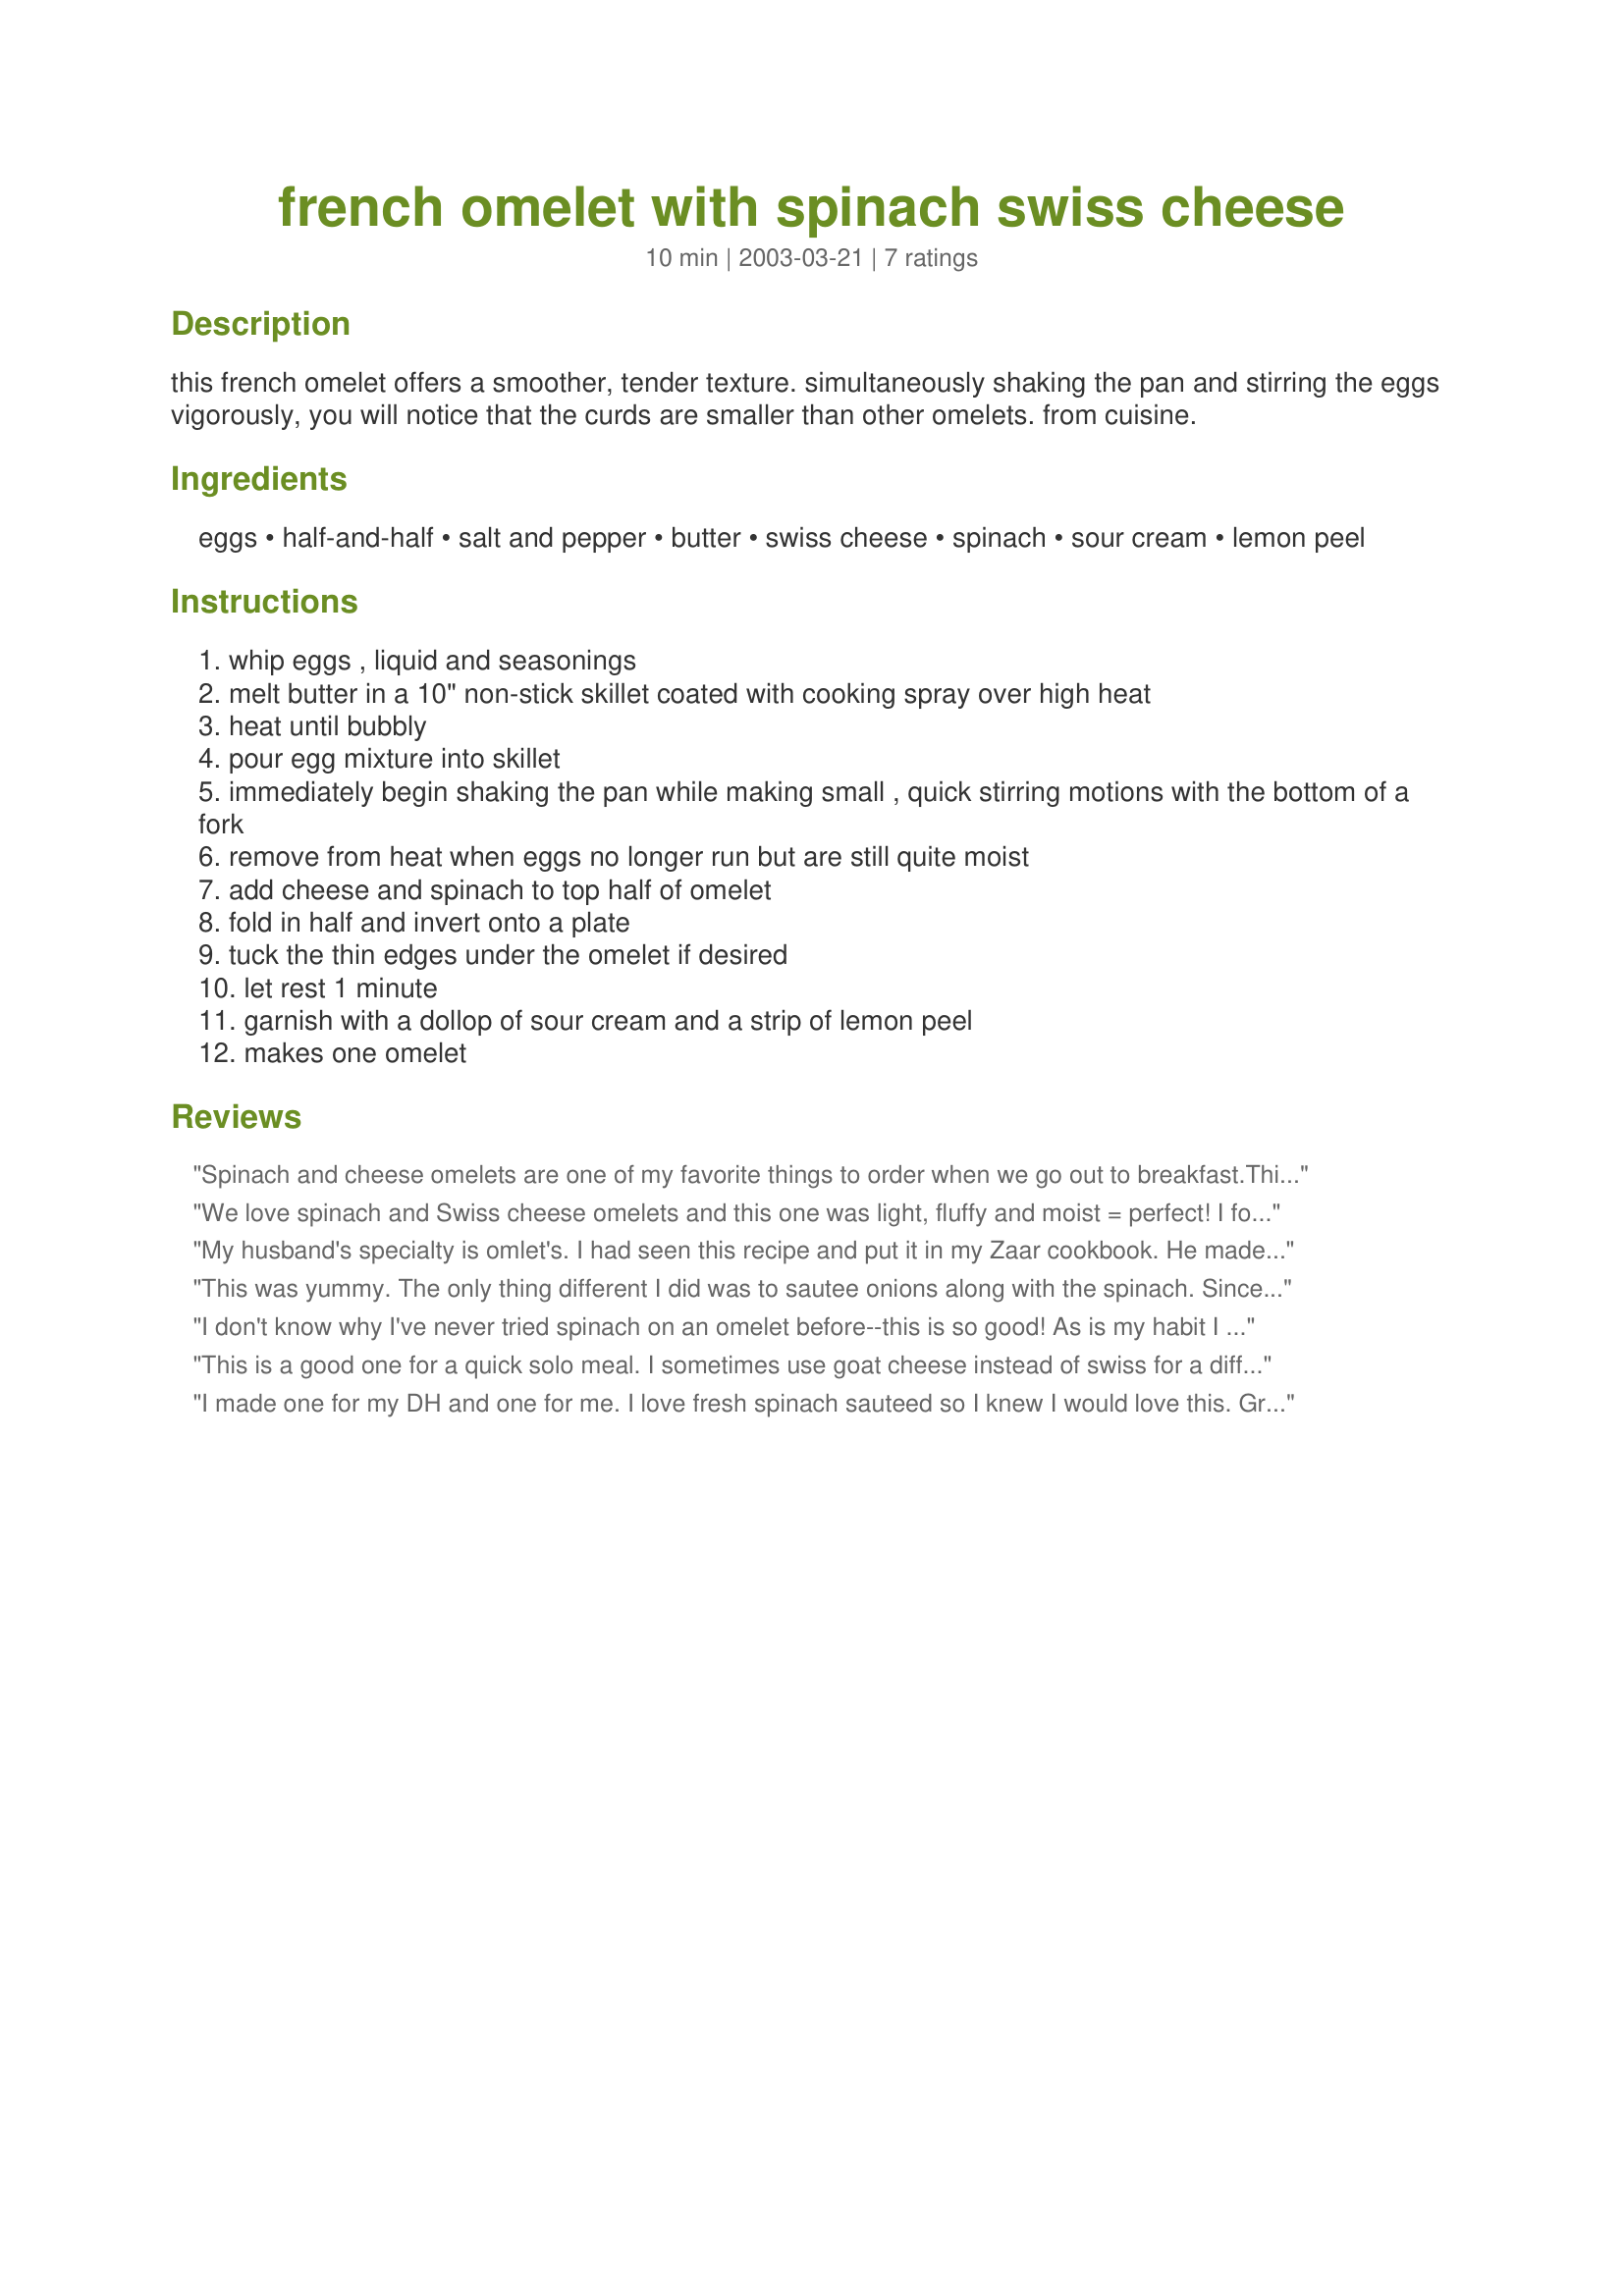
french omelet with spinach swiss cheese
Preparation time: 10 minutes

this french omelet offers a smoother, tender texture. simultaneously shaking the pan and stirring the eggs vigorously, you will notice that the curds are smaller than other omelets. from cuisine.

Ingredients:
eggs, half-and-half, salt and pepper, butter, swiss cheese, spinach, sour cream, lemon peel

Steps:
whip eggs , liquid and seasonings
melt butter in a 10" non-stick skillet coated with cooking spray over high heat
heat until bubbly
pour egg mixture into skillet
immediately begin shaking the pan while making small , quick stirring motions with the bottom of a fork
remove from heat when eggs no longer run but are still quite moist
add cheese and spinach to top half of omelet
fold in half and invert onto a plate
tuck the thin edges under the omelet if desired
let rest 1 minute
garnish with a dollop of sour cream and a strip of lemon peel
makes one omelet

Reviews:
Spinach and cheese omelets are one of my favorite things to order when we go out to breakfast.This was wonderful and so easy to make at home also. I did not use the sour cream. To be sure it melted, I let the cheese sit on the omelet in the pan for a few minutes to melt before removing to my plate. Delicious! Thanks, JQ.
We love spinach and Swiss cheese omelets and this one was light, fluffy and moist = perfect! I followed the recipe exactly. Thank you Bev!!! Excellent!
My husband's specialty is omlet's. I had seen this recipe and put it in my Zaar cookbook. He made them this morning, all I can say is OMG!!! Why hasnt someone reviewed these before this?? This is a wonderful dish! :):)
This was yummy. The only thing different I did was to sautee onions along with the spinach. Since it's just mom, dad, and me, I made these for Mother's Day breakfast. YUMMY. I served with biscuits. Next time I think I'll add some fresh tomato, other than that... this is too perfect to change!
I don't know why I've never tried spinach on an omelet before--this is so good! As is my habit I did add the spinach & cheese a bit earlier, before taking it off the heat, so that the cheese would melt a bit more. Loved it!
This is a good one for a quick solo meal. I sometimes use goat cheese instead of swiss for a different flavor and texture. I do turn the heat back on for a few seconds so the cheese melts, but it is easy to burn the egg if you do that. It's also good if you add sauteed mushrooms.
I made one for my DH and one for me. I love fresh spinach sauteed so I knew I would love this. Great flavor. Thanks! Made for the Photo forum-French Food!
